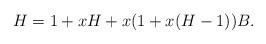
LaTeX: \begin{align*}H = 1+ xH +x(1+x(H-1))B.\end{align*}